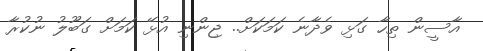
އާސީން ތިހާ ގަޅި ވެދާނެ ކަމަކަށް.. ޖިންނި އުޅޭ ކަމަށް ގަބޫލު ނުކުރާ